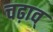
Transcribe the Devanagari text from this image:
चढ़ाव्